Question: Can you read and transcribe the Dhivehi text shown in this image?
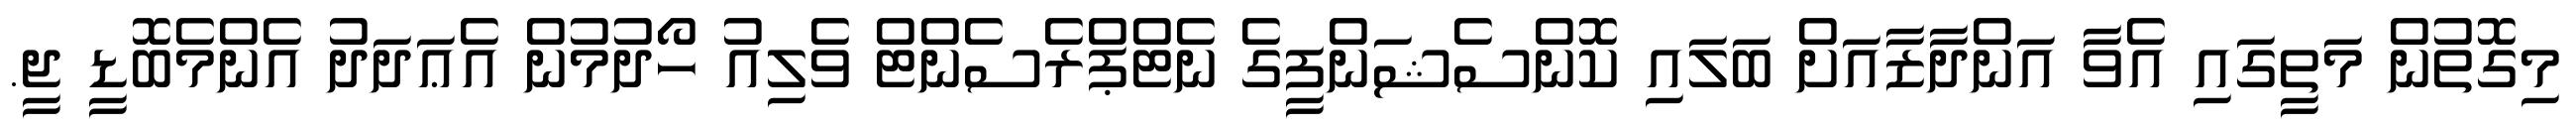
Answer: މިގޮތުން މަތީގައި އެވާ އަންދާޒާއަށް ބަލައި ކޮންސެޝަންފީގެ ނެޓްޕްރެސެންޓް ވެލިއު ހޯދުމުން އެޢަދަދު އެންމެބޮޑީ ޖީ.